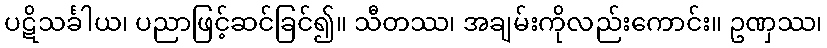
ပဋိသင်္ခါယ၊ ပညာဖြင့်ဆင်ခြင်၍။ သီတဿ၊ အချမ်းကိုလည်းကောင်း။ ဥဏှဿ၊